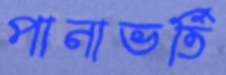
পানাভর্তি